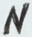
Text: N